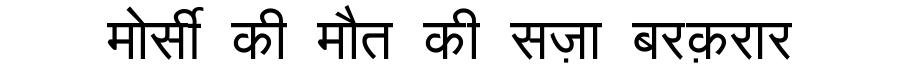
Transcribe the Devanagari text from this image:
मोर्सी की मौत की सज़ा बरक़रार